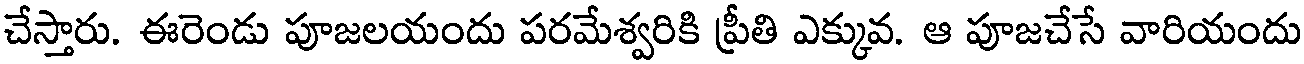
చేస్తారు. ఈరెండు పూజలయందు పరమేశ్వరికి ప్రీతి ఎక్కువ. ఆ పూజచేసే వారియందు